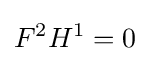
F^{2}H^{1}=0